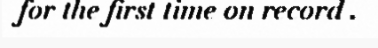
for the first time on record .